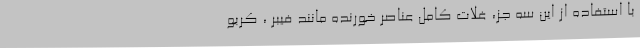
با استفاده از این سه جز، غلات کامل عناصر خورنده مانند فیبر ، کربو